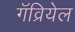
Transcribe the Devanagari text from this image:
गॅव्रियेल